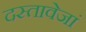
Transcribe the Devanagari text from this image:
दस्तावेजां